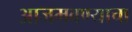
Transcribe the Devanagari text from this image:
आजमवण्याचा